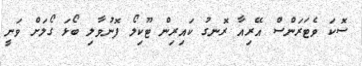
ސޮކަ ވެޓަރަންސް އޭރިއާ ރޮނގު ކައިރިން ޓޫކިލޯ ފޮނުވާލި ބޯޅަ ގޯލަށް ވަނީ